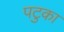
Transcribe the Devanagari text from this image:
पटुका